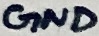
Text: GND